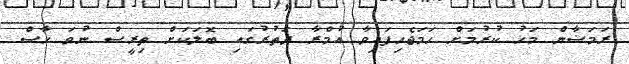
ރަމަޟާން މަހު ކުރުމަށް ހަަމަޖެހިފައިވާ އުމްރާ ދަތުރުގައި ބޮލަކަށް ތިރީސް ނުވަ ހާސް